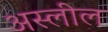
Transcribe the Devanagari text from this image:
अस्लील